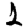
Digit: 1